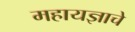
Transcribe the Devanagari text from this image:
महायज्ञाचे